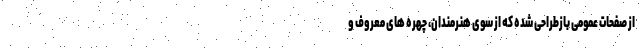
از صفحات عمومی بازطراحی شده که از سوی هنرمندان، چهره های معروف و